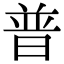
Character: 普